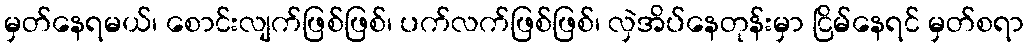
မှတ်နေရမယ်၊ စောင်းလျက်ဖြစ်ဖြစ်၊ ပက်လက်ဖြစ်ဖြစ်၊ လှဲအိပ်နေတုန်းမှာ ငြိမ်နေရင် မှတ်စရာ